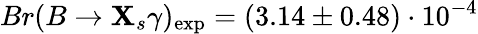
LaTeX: Br(B\to\mathbf{X}_{s}\gamma)_{\mathrm{{exp}}}=(3.14\pm0.48)\cdot10^{-4}